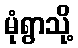
မုံရွာသို့